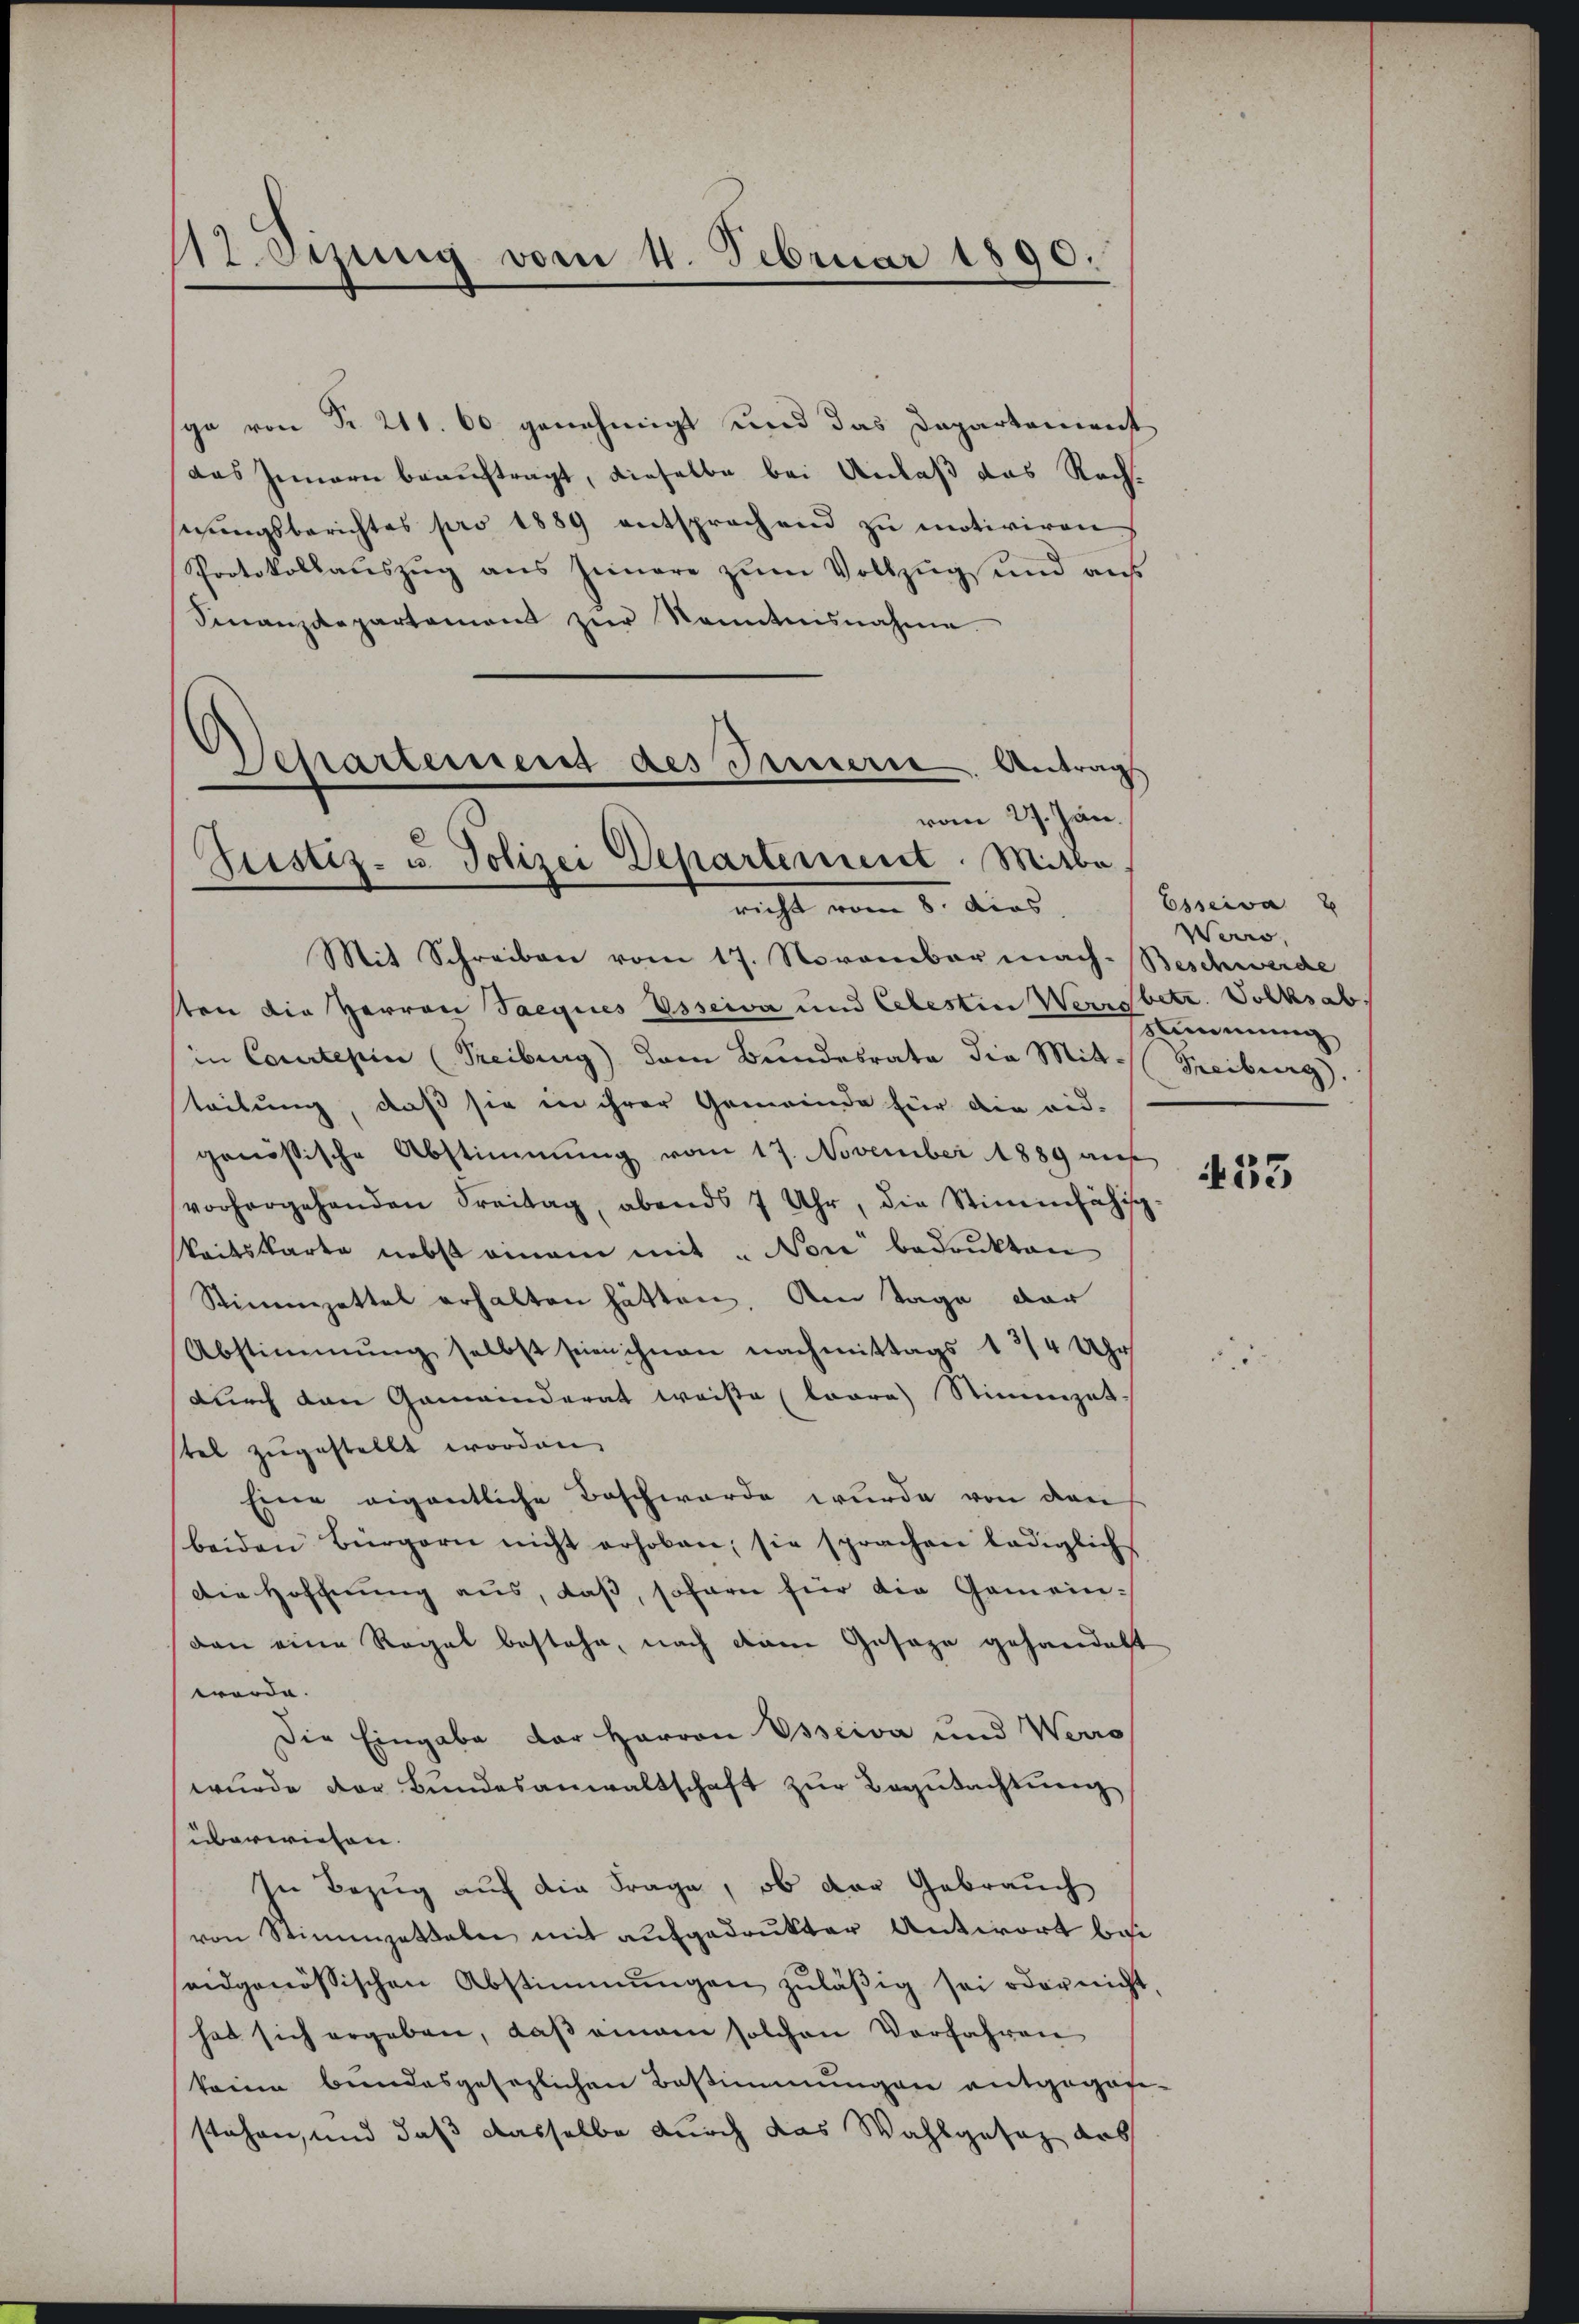
12. Ozung vom 4. Februar 1890.

ga von Nr. 211. 60 genehmigt und das Departement
Das Innern beauftragt, dieselbe bei Anlaß das Rechsitŭngsberichtes pro 1889 entsprochend zŭ motiviren
Protokollaŭszŭg ans Jinare zŭm Vollzŭg und aŭf
Finanzdepartement zur Kenntnisnahme
Departement des Innerie. Antrag
vom 27. Jan.

Rustiz- u. Polizei Departement. Mitbe
richt vom 8. dies

Mit Schreiben vom 17. November mach-Beschwerde
sten die Herren Saegices Usseiva und Celestin Werrsbetr. Volksabin Courtepin (Freiburg) dem Bundesrata die Mitt. (Freiburg.
leitung, daß sie in ihrer Gemeinde für die red-
genößische Abstimmung vom 17. November 1889 auf
vorhergehenden Freitag, abends 7 Uhr, die Stimmfähig
keitskarte nebst einem mit "Nore bedrukten
Stimmzettel erhalten hätten. Am Tage der
Abstimmung selbst seien ihnen nachmittags 1 3/4 Uhr
durch den Gemeinderat weise (Loore) Stimmzet
stel zugestellt worden,
Eine eigentliche Beschwerde wurde von den
beiden Bürgern nicht erhoben; sie sprachen lediglich
Die Hoffnung aus, daß, sofern für die Gemein-
dan eine Regel bestehe, nach dem Gesage gehandelt
werde.
Die Eingabe der Herren Ossiva und Werro
wurde der Bundesanwaltschaft zur Begutachtung
überwiesen.
In Bezug auf die Frage, ob der Gebrauch
von Stimmzetteln mit aufgedrukter Antwort bei
eidgenössischen Abstimmungen zŭläβig sei oder nicht
hat sich ergeben, daβ einem solchen Vorfahren
keine bundesgesezlichen Bestimmungen entgegosstehen, und daß dasselbe durch das Wahlgesetz dass

Esserva
Wero,
Smmung

433